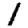
Digit: 1